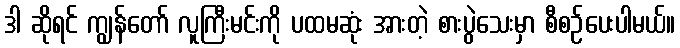
ဒါ ဆိုရင် ကျွန်တော် လူကြီးမင်းကို ပထမဆုံး အားတဲ့ စားပွဲသေးမှာ စီစဉ်ပေးပါမယ်။